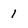
Character: 1